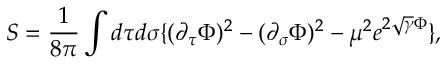
S = { \frac { 1 } { 8 \pi } } \int d \tau d \sigma \{ ( \partial _ { \tau } \Phi ) ^ { 2 } - ( \partial _ { \sigma } \Phi ) ^ { 2 } - \mu ^ { 2 } e ^ { 2 \sqrt { \gamma } \Phi } \} ,